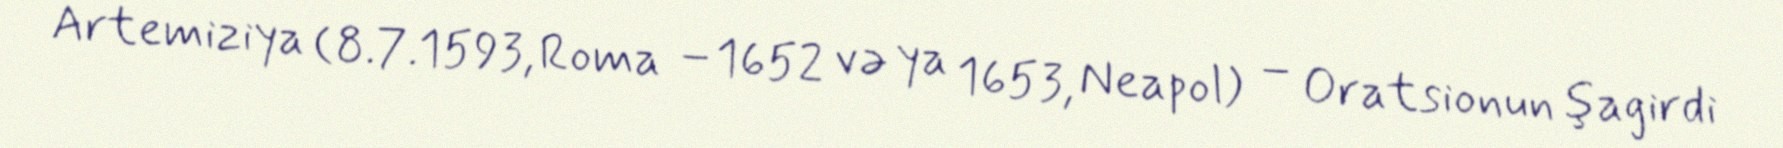
Artemiziya (8.7.1593, Roma –1652 və ya 1653, Neapol) – Oratsionun şagirdi